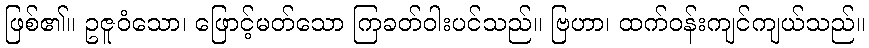
ဖြစ်၏။ ဥဇူဝံသော၊ ဖြောင့်မတ်သော ကြခတ်ဝါးပင်သည်။ ဗြဟာ၊ ထက်ဝန်းကျင်ကျယ်သည်။